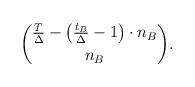
LaTeX: \begin{align*}\binom{\frac{T}{\Delta} - \left(\frac{t_B}{\Delta} - 1\right) \cdot n_B}{n_B}.\end{align*}